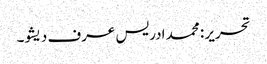
تحریر : محمد ادریس عرف دیشو۔